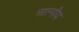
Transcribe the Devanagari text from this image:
आल्पीय